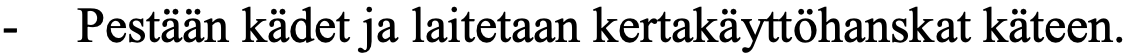
- Pestään kädet ja laitetaan kertakäyttöhanskat käteen.